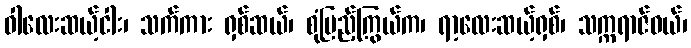
ဝါလေးဆယ့်ငါး၊ သက်ကား ရှစ်ဆယ်၊ စုံပြည့်ကြွယ်က၊ ရာ့လေးဆယ့်ရှစ်၊ သက္ကရာဇ်ဝယ်၊